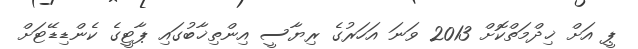
ޕީ އަށް ޚިދްމަތްކޮށް 2013 ވަނަ އަހަރުގެ ރިޔާސީ އިންތިޚާބުގައި ޕާޓީގެ ކެންޑިޑޭޓަށް